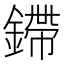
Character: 𫒿